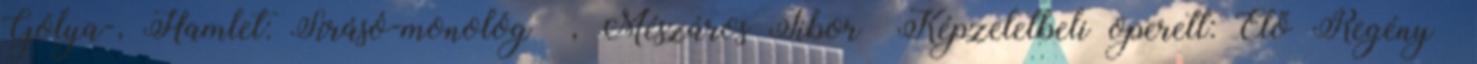
Gólya-, Hamlet: Sírásó-monológ , Mészáros Tibor Képzeletbeli operett: Élő Regény